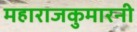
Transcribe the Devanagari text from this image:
महाराजकुमारनी